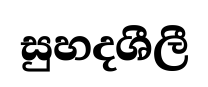
සුහදශීලී